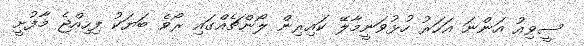
ސީވިއު އަންނަ އަހަރު ހުޅުވަނީމާލޭ ކައިރިން ލޯންޗެއްގައި ރޯވެ ބަޔަކު ފިހިއްޖެ މާފުށީ